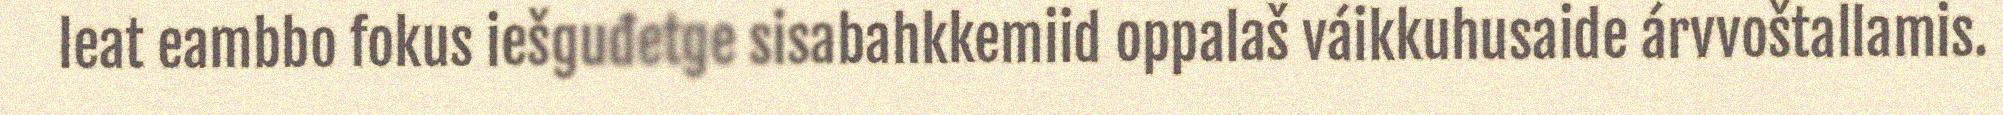
leat eambbo fokus iešguđetge sisabahkkemiid oppalaš váikkuhusaide árvvoštallamis.